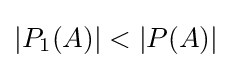
|P_{1}(A)|<|P(A)|